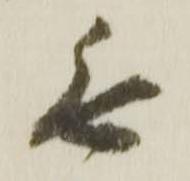
無